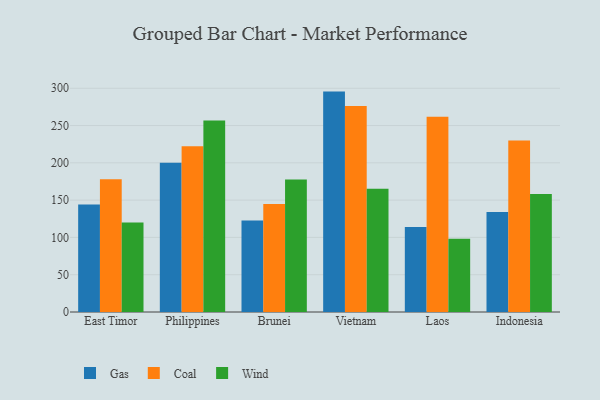
{"axis": {"x": "Country", "y": "Gross Profit (USD K)"}, "legend": ["Coal", "Gas", "Wind"], "data": [{"x": "East Timor", "y": 144.2, "type": "Gas"}, {"x": "East Timor", "y": 178.1, "type": "Coal"}, {"x": "East Timor", "y": 120.1, "type": "Wind"}, {"x": "Philippines", "y": 200.2, "type": "Gas"}, {"x": "Philippines", "y": 222.2, "type": "Coal"}, {"x": "Philippines", "y": 256.7, "type": "Wind"}, {"x": "Brunei", "y": 122.8, "type": "Gas"}, {"x": "Brunei", "y": 144.7, "type": "Coal"}, {"x": "Brunei", "y": 177.7, "type": "Wind"}, {"x": "Vietnam", "y": 295.5, "type": "Gas"}, {"x": "Vietnam", "y": 276.2, "type": "Coal"}, {"x": "Vietnam", "y": 165.2, "type": "Wind"}, {"x": "Laos", "y": 114.1, "type": "Gas"}, {"x": "Laos", "y": 261.7, "type": "Coal"}, {"x": "Laos", "y": 98.1, "type": "Wind"}, {"x": "Indonesia", "y": 134.2, "type": "Gas"}, {"x": "Indonesia", "y": 230.1, "type": "Coal"}, {"x": "Indonesia", "y": 158.3, "type": "Wind"}]}